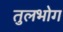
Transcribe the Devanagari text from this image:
तुलभोग